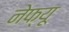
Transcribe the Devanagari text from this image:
नेफ्यू